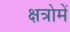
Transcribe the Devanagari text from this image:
क्षत्रोमें